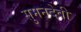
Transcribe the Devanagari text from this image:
सुमनदेवी